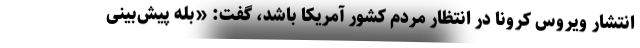
انتشار ویروس کرونا در انتظار مردم کشور آمریکا باشد، گفت: «بله پیش‌بینی